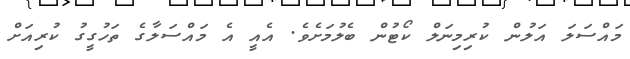
މައްސަލަ އަލުން ކުރިމިނަލް ކޯޓުން ބެލުމަށެވެ. އެއީ އެ މައްސަލާގެ ތަހުގީގު ކުރިއަށް